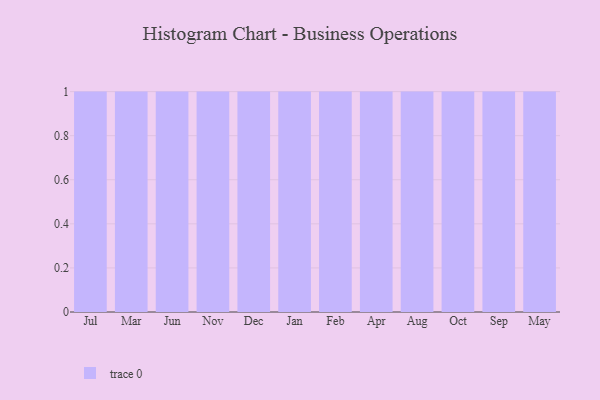
{"axis": {"x": "Month", "y": "Humidity (%)"}, "legend": [""], "data": [{"x": "Jul", "y": 1, "type": ""}, {"x": "Mar", "y": 18, "type": ""}, {"x": "Jun", "y": 55, "type": ""}, {"x": "Nov", "y": 77, "type": ""}, {"x": "Dec", "y": 24, "type": ""}, {"x": "Jan", "y": 68, "type": ""}, {"x": "Feb", "y": 53, "type": ""}, {"x": "Apr", "y": 62, "type": ""}, {"x": "Aug", "y": 89, "type": ""}, {"x": "Oct", "y": 95, "type": ""}, {"x": "Sep", "y": 35, "type": ""}, {"x": "May", "y": 63, "type": ""}]}